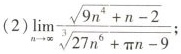
(2)$$\lim _ { n \rightarrow \infty } \frac { \sqrt { 9 n ^ { 4 } + n - 2 } } { \sqrt[ 3 ] { 2 7 n ^ { 6 } + π n - 9 } };$$